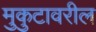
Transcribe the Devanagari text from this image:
मुकुटावरील